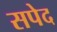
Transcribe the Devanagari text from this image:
सपेद